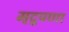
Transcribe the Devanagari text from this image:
मृदुपणा